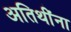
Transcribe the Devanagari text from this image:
अतिथींना